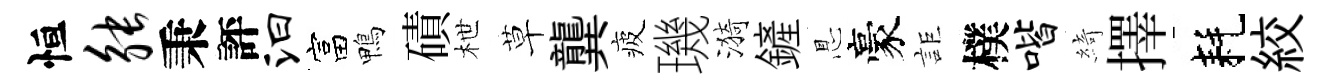
恒觖秉評汩富鴨磧枻草龔疲璣漪鏟㤙豪詎樸喈綺擇耗絞